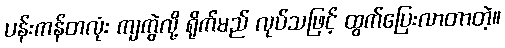
ပန်းကန်တလုံး ကျကွဲလို့ ရိုက်မည် လုပ်သဖြင့် ထွက်ပြေးလာတာတဲ့။